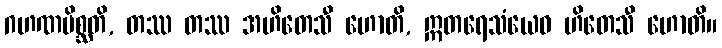
ဂဟဏမိစ္ဆတိ, တဿ တဿ အဟိတေသီ ဟောတိ, ဣတရေသံယေဝ ဟိတေသီ ဟောတိ။